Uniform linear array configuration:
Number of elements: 32
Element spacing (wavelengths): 0.75
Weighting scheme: kaiser
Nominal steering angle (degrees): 0
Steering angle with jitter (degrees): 0.1438
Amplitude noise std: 0.05
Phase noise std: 0.05

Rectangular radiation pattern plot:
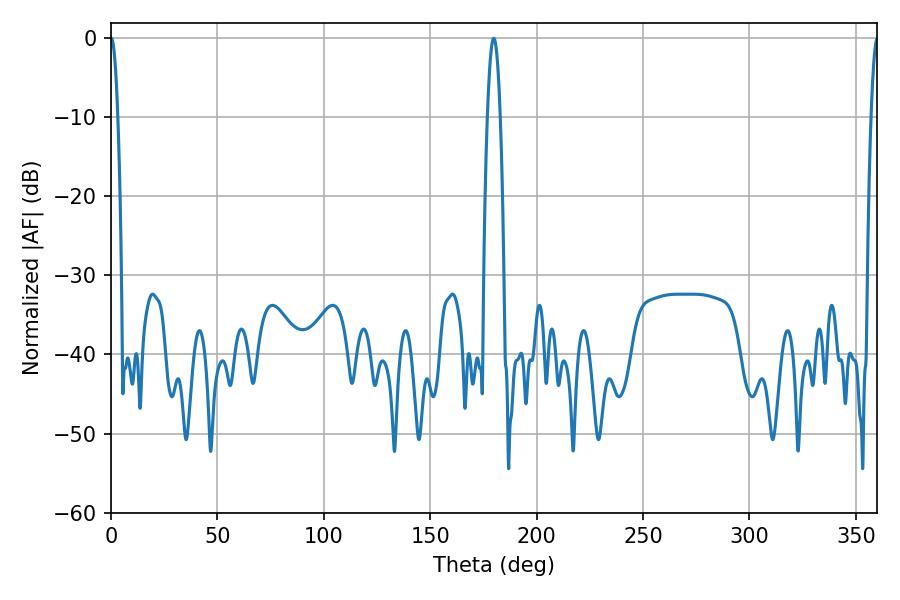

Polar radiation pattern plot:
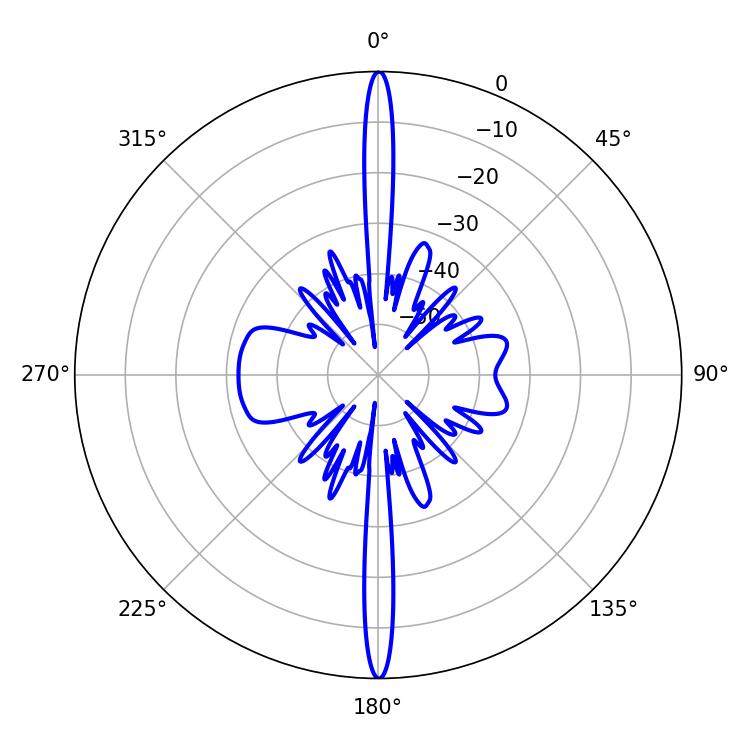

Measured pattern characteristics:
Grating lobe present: TRUE
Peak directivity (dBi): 40.424
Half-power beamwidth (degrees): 3.24
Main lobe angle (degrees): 179.82